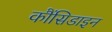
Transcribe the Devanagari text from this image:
कौंसिडाइन